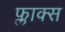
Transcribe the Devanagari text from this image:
फ्लाक्स